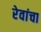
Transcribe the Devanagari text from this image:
रेवांचा